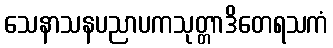
သေနာသနပညာပကသုတ္တာဒိတေရသကံ